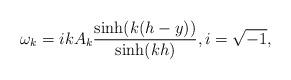
LaTeX: \begin{align*}\omega_k= i k A_k \frac{\sinh (k(h-y))}{\sinh(k h)}, i=\sqrt{-1},\end{align*}